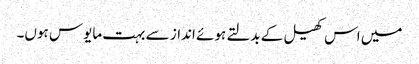
میں اس کھیل کے بدلتے ہوئے انداز سے بہت مایوس ہوں۔